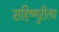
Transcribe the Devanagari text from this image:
सहिष्णुरीत्या